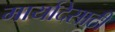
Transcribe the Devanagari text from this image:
मार्यादेसाठी